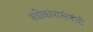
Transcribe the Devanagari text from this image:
स्वीकारासंबंधी